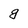
Character: g